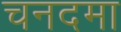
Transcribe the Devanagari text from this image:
चनदमा